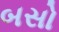
બસો